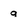
Character: g